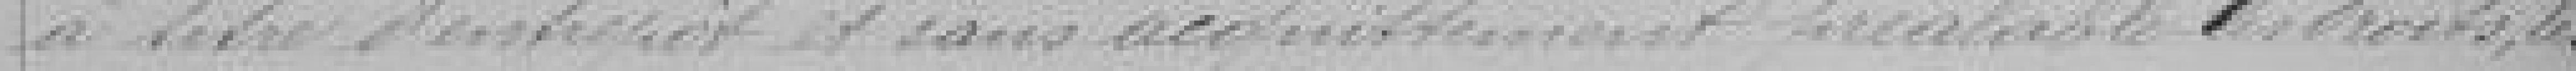
à titre d'entrepôt et sans acquittement